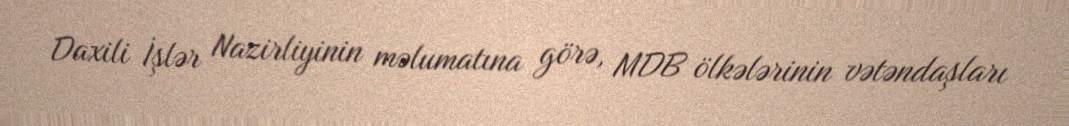
Daxili İşlər Nazirliyinin məlumatına görə, MDB ölkələrinin vətəndaşları